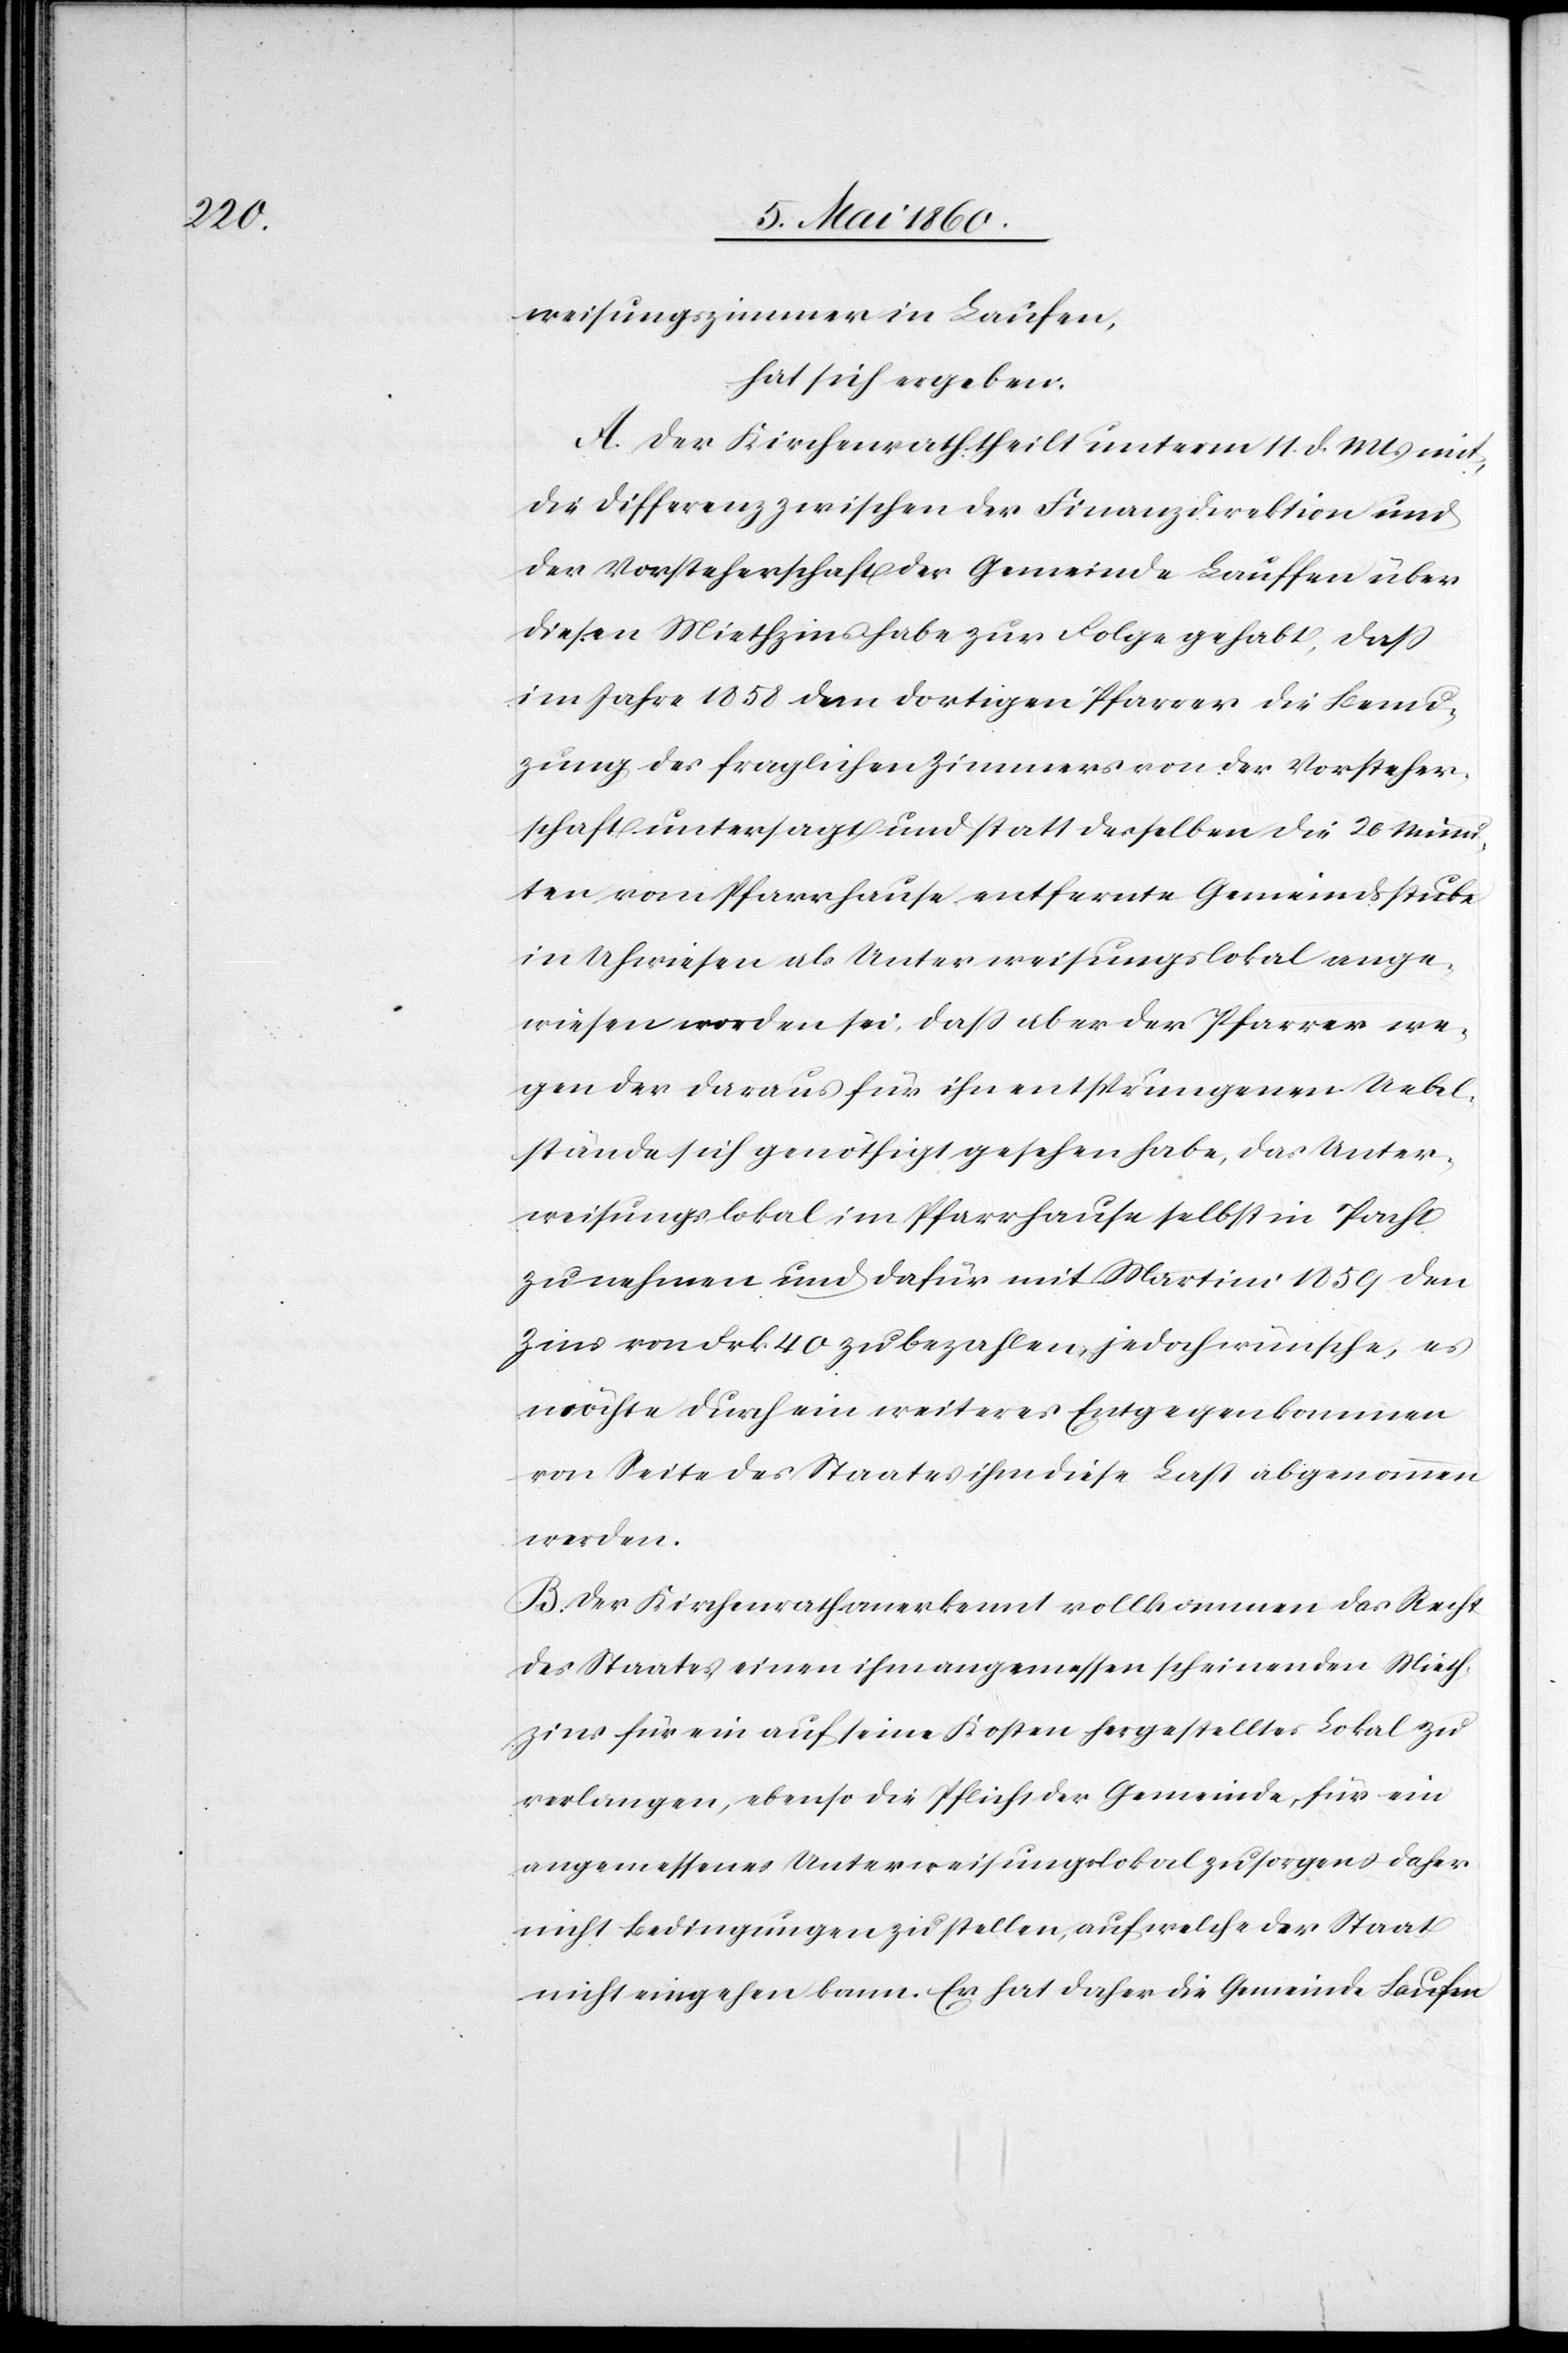
weisungszimmer in Laufen,
hat sich ergeben.
A. Der Kirchenrath theilt unterm 11. d. Ms. mit,
die Differenz zwischen der Finanzdirektion und
der Vorsteherschaft der Gemeinde Lauffen über
diesen Miethzins habe zur Folge gehabt, dass
im Jahre 1858 dem dortigen Pfarrer die Benut¬
zung des fraglichen Zimmers von der Vorsteher¬
schaft untersagt und statt desselben die 26 Minu¬
ten vom Pfarrhause entfernte Gemeindsstube
in Uhwiesen als Unterweisungslokal ange¬
wiesen worden sei, dass aber der Pfarrer we¬
gen der daraus für ihn entsprungenen Uebel¬
stände sich genöthigt gesehen habe, das Uner¬
weisungslokal im Pfarrhause selbst in Pacht
zu nehmen und dafür mit Martini 1859 den
Zins von Frk. 40 zu bezahlen, jedoch wünsche, es
möchte durch ein weiteres Entgegenkommen
von Seite des Staates ihm diese Last abgenommen
werden.
B. Der Kirchenrath anerkennt vollkommen das Recht
des Staates einen ihm angemessen scheinenden Mieth¬
zins für ein auf seine Kosten hergestelltes Lokal zu
verlangen, ebenso die Pflicht der Gemeinde, für ein
angemessenes Unterweisungslokal zu sorgen u. daher
nicht Bedingungen zu stellen, auf welche der Staat
nicht eingehen kann. Er hat daher die Gemeinde Laufen